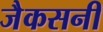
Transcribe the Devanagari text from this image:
जैकसनी